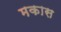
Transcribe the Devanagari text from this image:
मकास